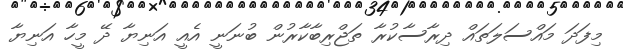
މިފަދަ މައްސަލަތައް ދިރާސާކުރާ ތަޖްރިބާކާރުން ބުނަނީ އެއީ އަނިޔާ ދޭ މީހާ އަނިޔާ